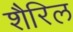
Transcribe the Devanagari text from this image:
शैरिल